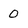
Character: 0